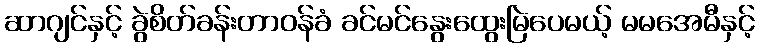
ဆာဂျင်နှင့် ခွဲစိတ်ခန်းတာဝန်ခံ ခင်မင်နွေးထွေးမြဲပေမယ့် မမအေမီနှင့်